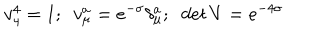
LaTeX: v _ { 4 } ^ { 4 } = 1 ; ~ ~ v _ { \mu } ^ { a } = e ^ { - \sigma } \delta _ { \mu } ^ { a } ; ~ ~ { \it d e t } ~ V = e ^ { - 4 \sigma }